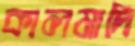
কালমাদি